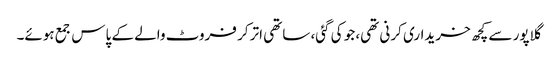
گلاپور سے کچھ خریداری کرنی تھی، جو کی گئی، ساتھی اتر کر فروٹ والے کے پاس جمع ہوئے۔